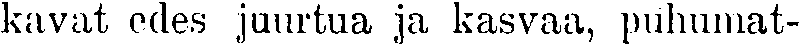
kavat edes juurtua ja kasvaa, puhumat-